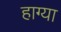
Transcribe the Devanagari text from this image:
हाग्या